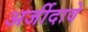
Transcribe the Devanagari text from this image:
अर्जीदावे